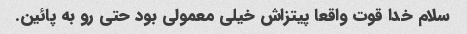
سلام خدا قوت واقعا پیتزاش خیلی معمولی بود حتی رو به پائین.